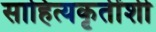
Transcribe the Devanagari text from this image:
साहित्यकृतींशी